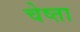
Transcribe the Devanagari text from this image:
चेष्ता